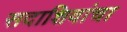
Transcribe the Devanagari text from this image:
सदाशिवांचा